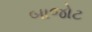
બાજોટ